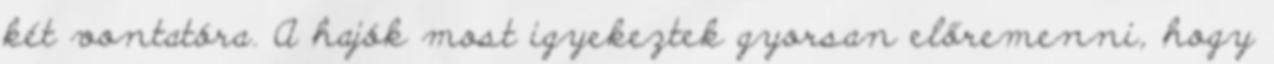
két vontatóra. A hajók most igyekeztek gyorsan előremenni, hogy